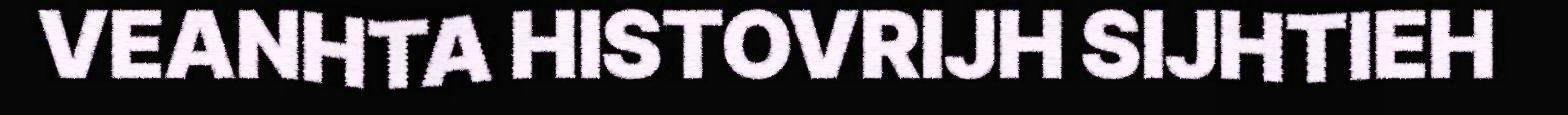
VEANHTA HISTOVRIJH SIJHTIEH